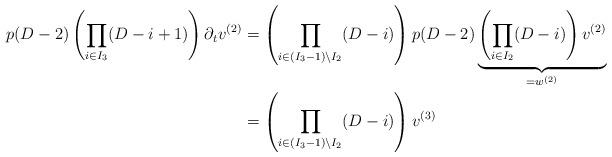
LaTeX: \begin{align*}p(D-2) \left(\prod_{i \in I_3} (D-i+1)\right) \partial_t v^{(2)} &= \left(\prod_{i \in (I_3-1) \setminus I_2} (D-i)\right) p(D-2) \underbrace{\left(\prod_{i \in I_2} (D-i)\right) v^{(2)}}_{= w^{(2)}} \\&= \left(\prod_{i \in (I_3-1) \setminus I_2} (D-i)\right) v^{(3)}\end{align*}